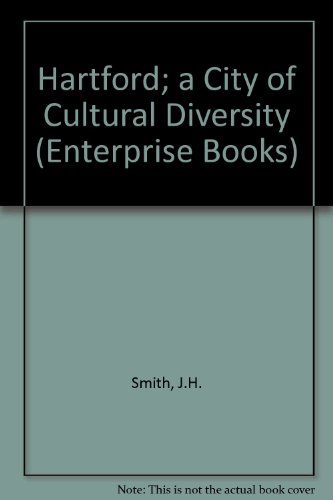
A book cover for Greater Hartford: Celebrating Cultural Diversity (Enterprise Books); Jim H. Smith; Travel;